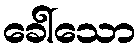
ခေါ်သော